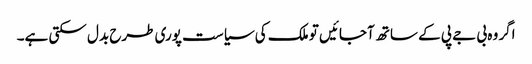
اگر وہ بی جے پی کے ساتھ آجائیں تو ملک کی سیاست پوری طرح بدل سکتی ہے۔